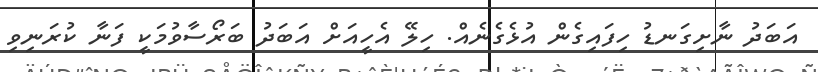
އަބަދު ނާށިގަނޑު ހިފައިގެން އުޅެގެނެއް. ހިލޭ އެހީއަށް އަބަދު ބަރޯސާވުމަކީ ފަނާ ކުރަނިވި